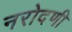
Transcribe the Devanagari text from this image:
नरोदणी